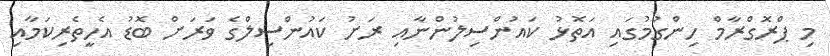
މި ޕްރޮގްރާމް ހިންގުމުގައި އަތޮޅު ކައުންސިލުންނާއި ރަށު ކައުންސިލްގެ ވަރަށް ބޮޑު އެހީތެރިކަމާއި